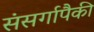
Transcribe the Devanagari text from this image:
संसर्गापैकी